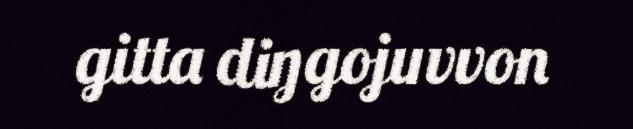
gitta diŋgojuvvon